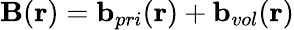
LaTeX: \begin{array}{r}{\mathbf{B}(\mathbf{r})=\mathbf{b}_{pri}(\mathbf{r})+\mathbf{b}_{vol}(\mathbf{r})}\end{array}